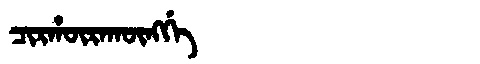
Manchu: ᠴᡳᡵᡥᡡᡵᠠᡴᡡᠩᡤᡝ
Romanization: CIRHŪRAKŪNGGE